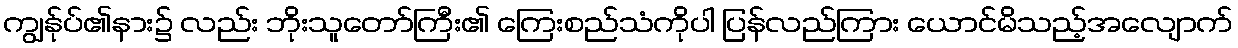
ကျွန်ုပ်၏နား၌ လည်း ဘိုးသူတော်ကြီး၏ ကြေးစည်သံကိုပါ ပြန်လည်ကြား ယောင်မိသည့်အလျောက်